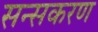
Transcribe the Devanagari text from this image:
सन्सकरण